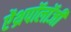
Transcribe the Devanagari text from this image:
ऐंथ्रपॉलॉजी